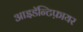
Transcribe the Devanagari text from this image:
आइडॅन्टिफ़ायर